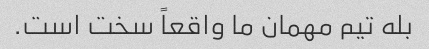
بله تیم مهمان ما واقعاً سخت است.